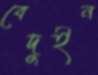
বেদুইন